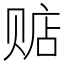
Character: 𲃂